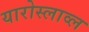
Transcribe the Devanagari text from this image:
यारोस्लाव्ल